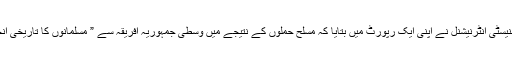
انسانی حقوق کی تنظیم ایمنیسٹی انٹرنیشنل نے اپنی ایک رپورٹ میں بتایا کہ مسلح حملوں کے نتیجے میں وسطی جمہوریہ افریقہ سے ” مسلمانوں کا تاریخی انخلا ” دیکھنے میں آیا ہے۔